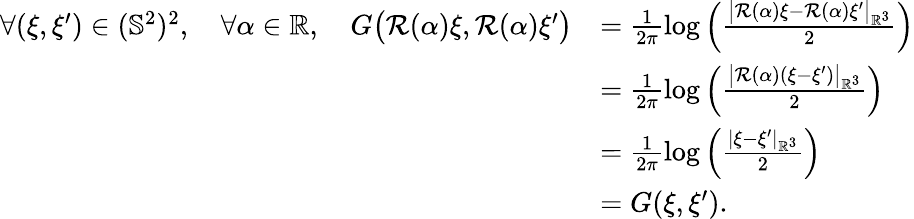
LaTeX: \begin{array}{rl}{\forall(\xi,\xi^{\prime})\in(\mathbb{S}^{2})^{2},\quad\forall\alpha\in\mathbb{R},\quad G\big(\mathcal{R}(\alpha)\xi,\mathcal{R}(\alpha)\xi^{\prime}\big)}&{=\frac{1}{2\pi}\log\left(\frac{\big|\mathcal{R}(\alpha)\xi-\mathcal{R}(\alpha)\xi^{\prime}\big|_{\mathbb{R}^{3}}}{2}\right)}\\ &{=\frac{1}{2\pi}\log\left(\frac{\big|\mathcal{R}(\alpha)(\xi-\xi^{\prime})\big|_{\mathbb{R}^{3}}}{2}\right)}\\ &{=\frac{1}{2\pi}\log\left(\frac{|\xi-\xi^{\prime}|_{\mathbb{R}^{3}}}{2}\right)}\\ &{=G(\xi,\xi^{\prime}).}\end{array}